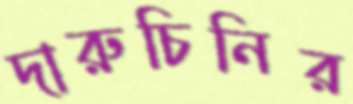
দারুচিনির